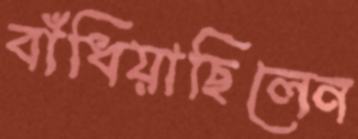
বাঁধিয়াছিলেন